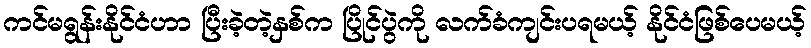
ကင်မရွန်းနိုင်ငံဟာ ပြီးခဲ့တဲ့နှစ်က ပြိုင်ပွဲကို လက်ခံကျင်းပရမယ့် နိုင်ငံဖြစ်ပေမယ့်